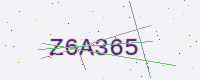
Text: Z6A365